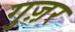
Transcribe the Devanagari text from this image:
गुज़़र